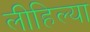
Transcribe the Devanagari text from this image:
लीहिल्या